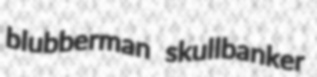
blubberman skullbanker